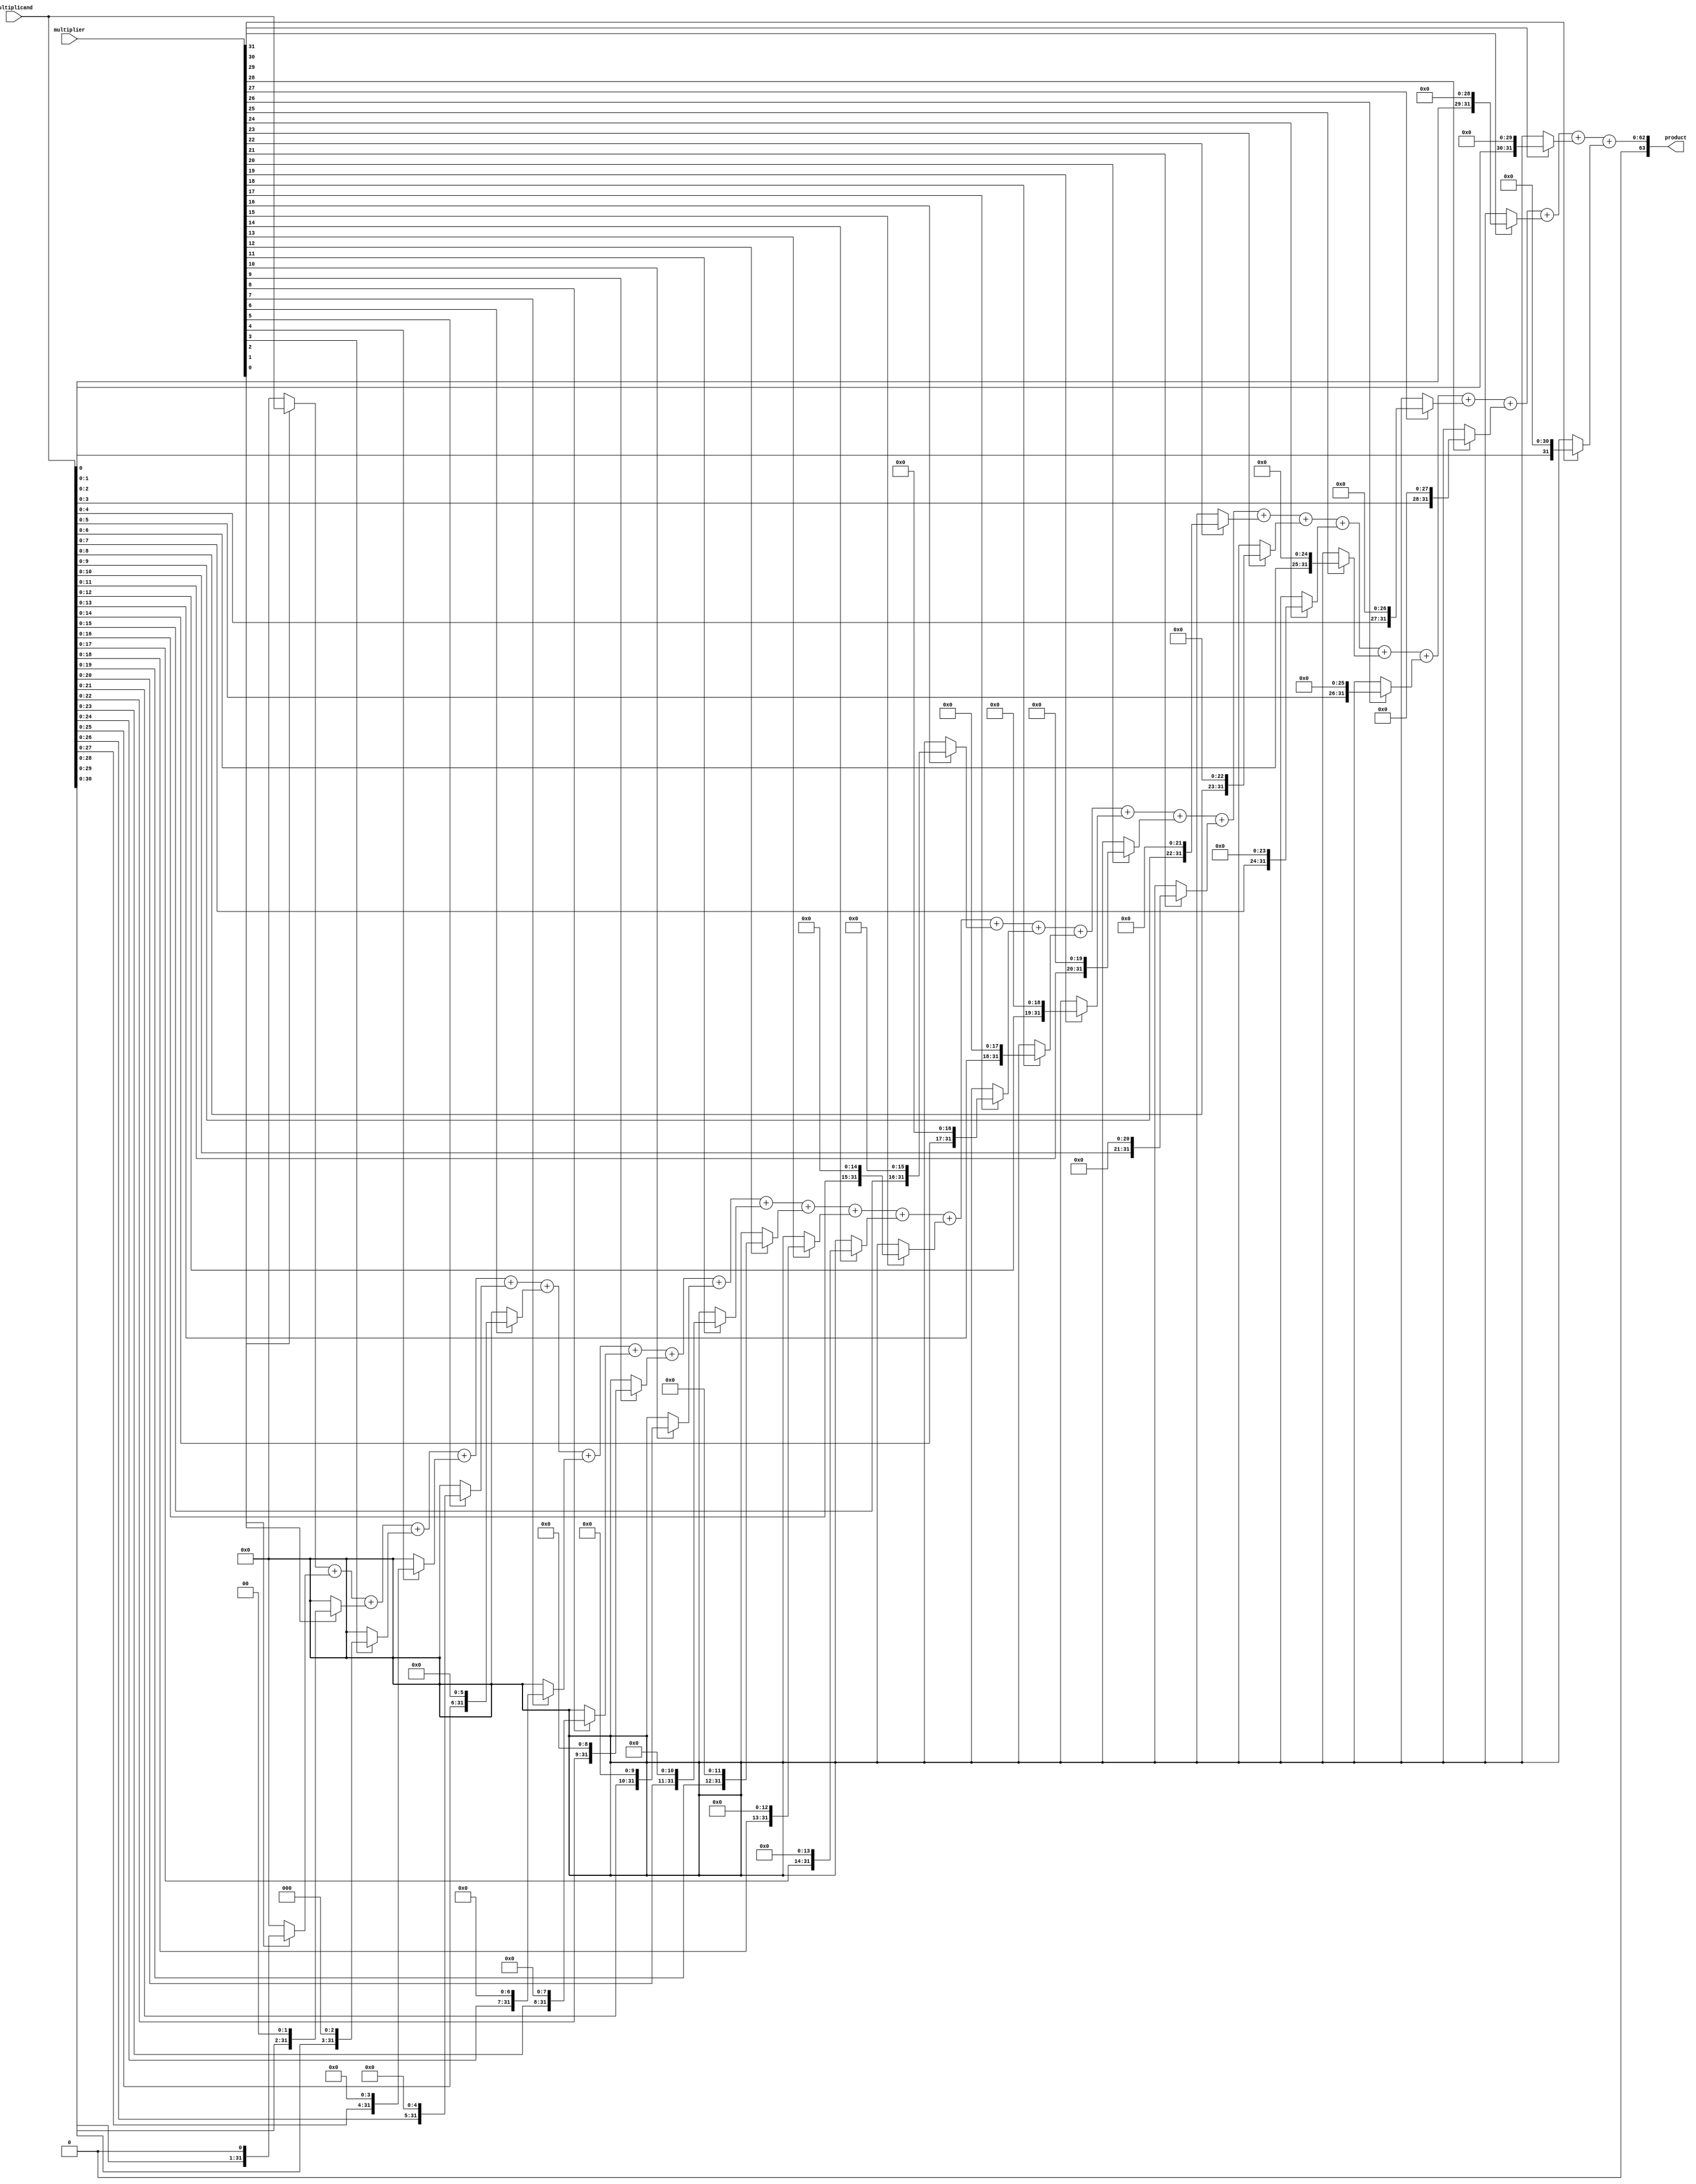
module Booth_Multiplier (
    input [31:0] multiplicand,
    input [31:0] multiplier,
    output reg [63:0] product
);
    
    reg [31:0] partial_products [31:0];
    reg [63:0] partial_sums [31:0];
    
    integer i;
    
    always @ (multiplicand or multiplier) begin
        // Partial product generation stage
        for (i = 0; i < 32; i = i + 1) begin
            if (multiplier[i] == 1) begin
                partial_products[i] = multiplicand << i;
            end else begin
                partial_products[i] = 32'h00000000;
            end
        end
        
        // Partial product addition stage
        partial_sums[0] = partial_products[0];
        for (i = 1; i < 32; i = i + 1) begin
            partial_sums[i] = partial_sums[i - 1] + partial_products[i];
        end
        
        // Final result accumulation stage
        product = partial_sums[31];
    end
endmodule